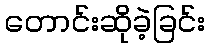
တောင်းဆိုခဲ့ခြင်း